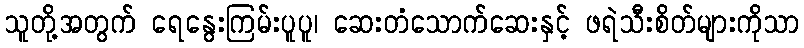
သူတို့အတွက် ရေနွေးကြမ်းပူပူ၊ ဆေးတံသောက်ဆေးနှင့် ဖရဲသီးစိတ်များကိုသာ